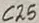
Text: C25